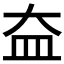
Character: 𡘃